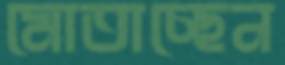
মোতাচ্ছেন